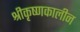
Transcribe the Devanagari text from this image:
श्रीकृष्णकालीन